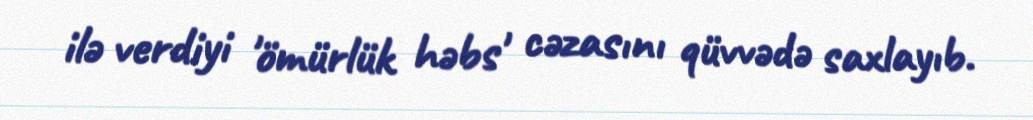
ilə verdiyi 'ömürlük həbs' cəzasını qüvvədə saxlayıb.